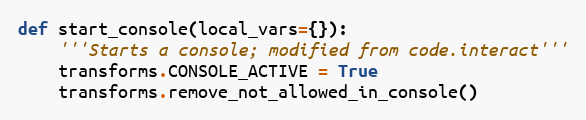
Language: Python
def start_console(local_vars={}):
    '''Starts a console; modified from code.interact'''
    transforms.CONSOLE_ACTIVE = True
    transforms.remove_not_allowed_in_console()